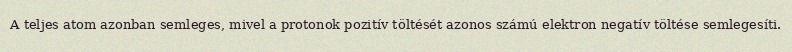
A teljes atom azonban semleges, mivel a protonok pozitív töltését azonos számú elektron negatív töltése semlegesíti.